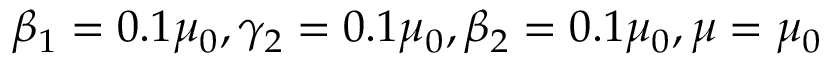
\beta _ { 1 } = 0 . 1 \mu _ { 0 } , \gamma _ { 2 } = 0 . 1 \mu _ { 0 } , \beta _ { 2 } = 0 . 1 \mu _ { 0 } , \mu = \mu _ { 0 }